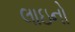
લાઇનો